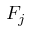
F _ { j }